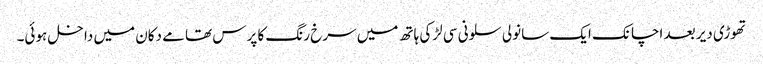
تھوڑی دیر بعد اچانک ایک سانولی سلونی سی لڑکی ہاتھ میں سرخ رنگ کا پرس تھامے دکان میں داخل ہوئی۔